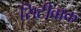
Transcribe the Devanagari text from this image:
सिटीवाक